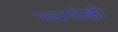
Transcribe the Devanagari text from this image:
पदगोष्ठी